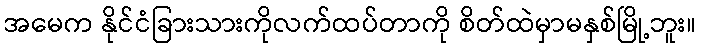
အမေက နိုင်ငံခြားသားကိုလက်ထပ်တာကို စိတ်ထဲမှာမနှစ်မြို့ဘူး။